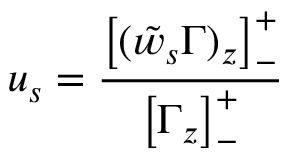
u _ { s } = \frac { \left[ ( \tilde { w } _ { s } \Gamma ) _ { z } \right] _ { - } ^ { + } } { \left[ \Gamma _ { z } \right] _ { - } ^ { + } }